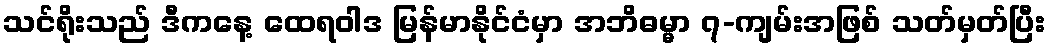
သင်ရိုးသည် ဒီကနေ့ ထေရဝါဒ မြန်မာနိုင်ငံမှာ အဘိဓမ္မာ ၇-ကျမ်းအဖြစ် သတ်မှတ်ပြီး